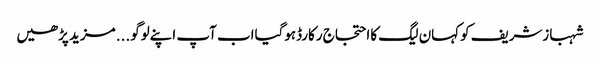
شہبازشریف کوکہان لیگ کااحتجاج رکارڈہوگیااب آپ اپنےلوگو... مزید پڑھیں